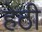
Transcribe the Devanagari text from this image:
हेठी